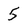
Character: 5